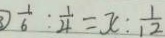
\frac { 1 } { 6 } : \frac { 1 } { 4 } = x : \frac { 1 } { 1 2 }